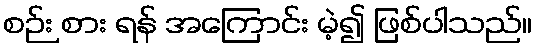
စဉ်း စား ရန် အကြောင်း မဲ့၍ ဖြစ်ပါသည်။